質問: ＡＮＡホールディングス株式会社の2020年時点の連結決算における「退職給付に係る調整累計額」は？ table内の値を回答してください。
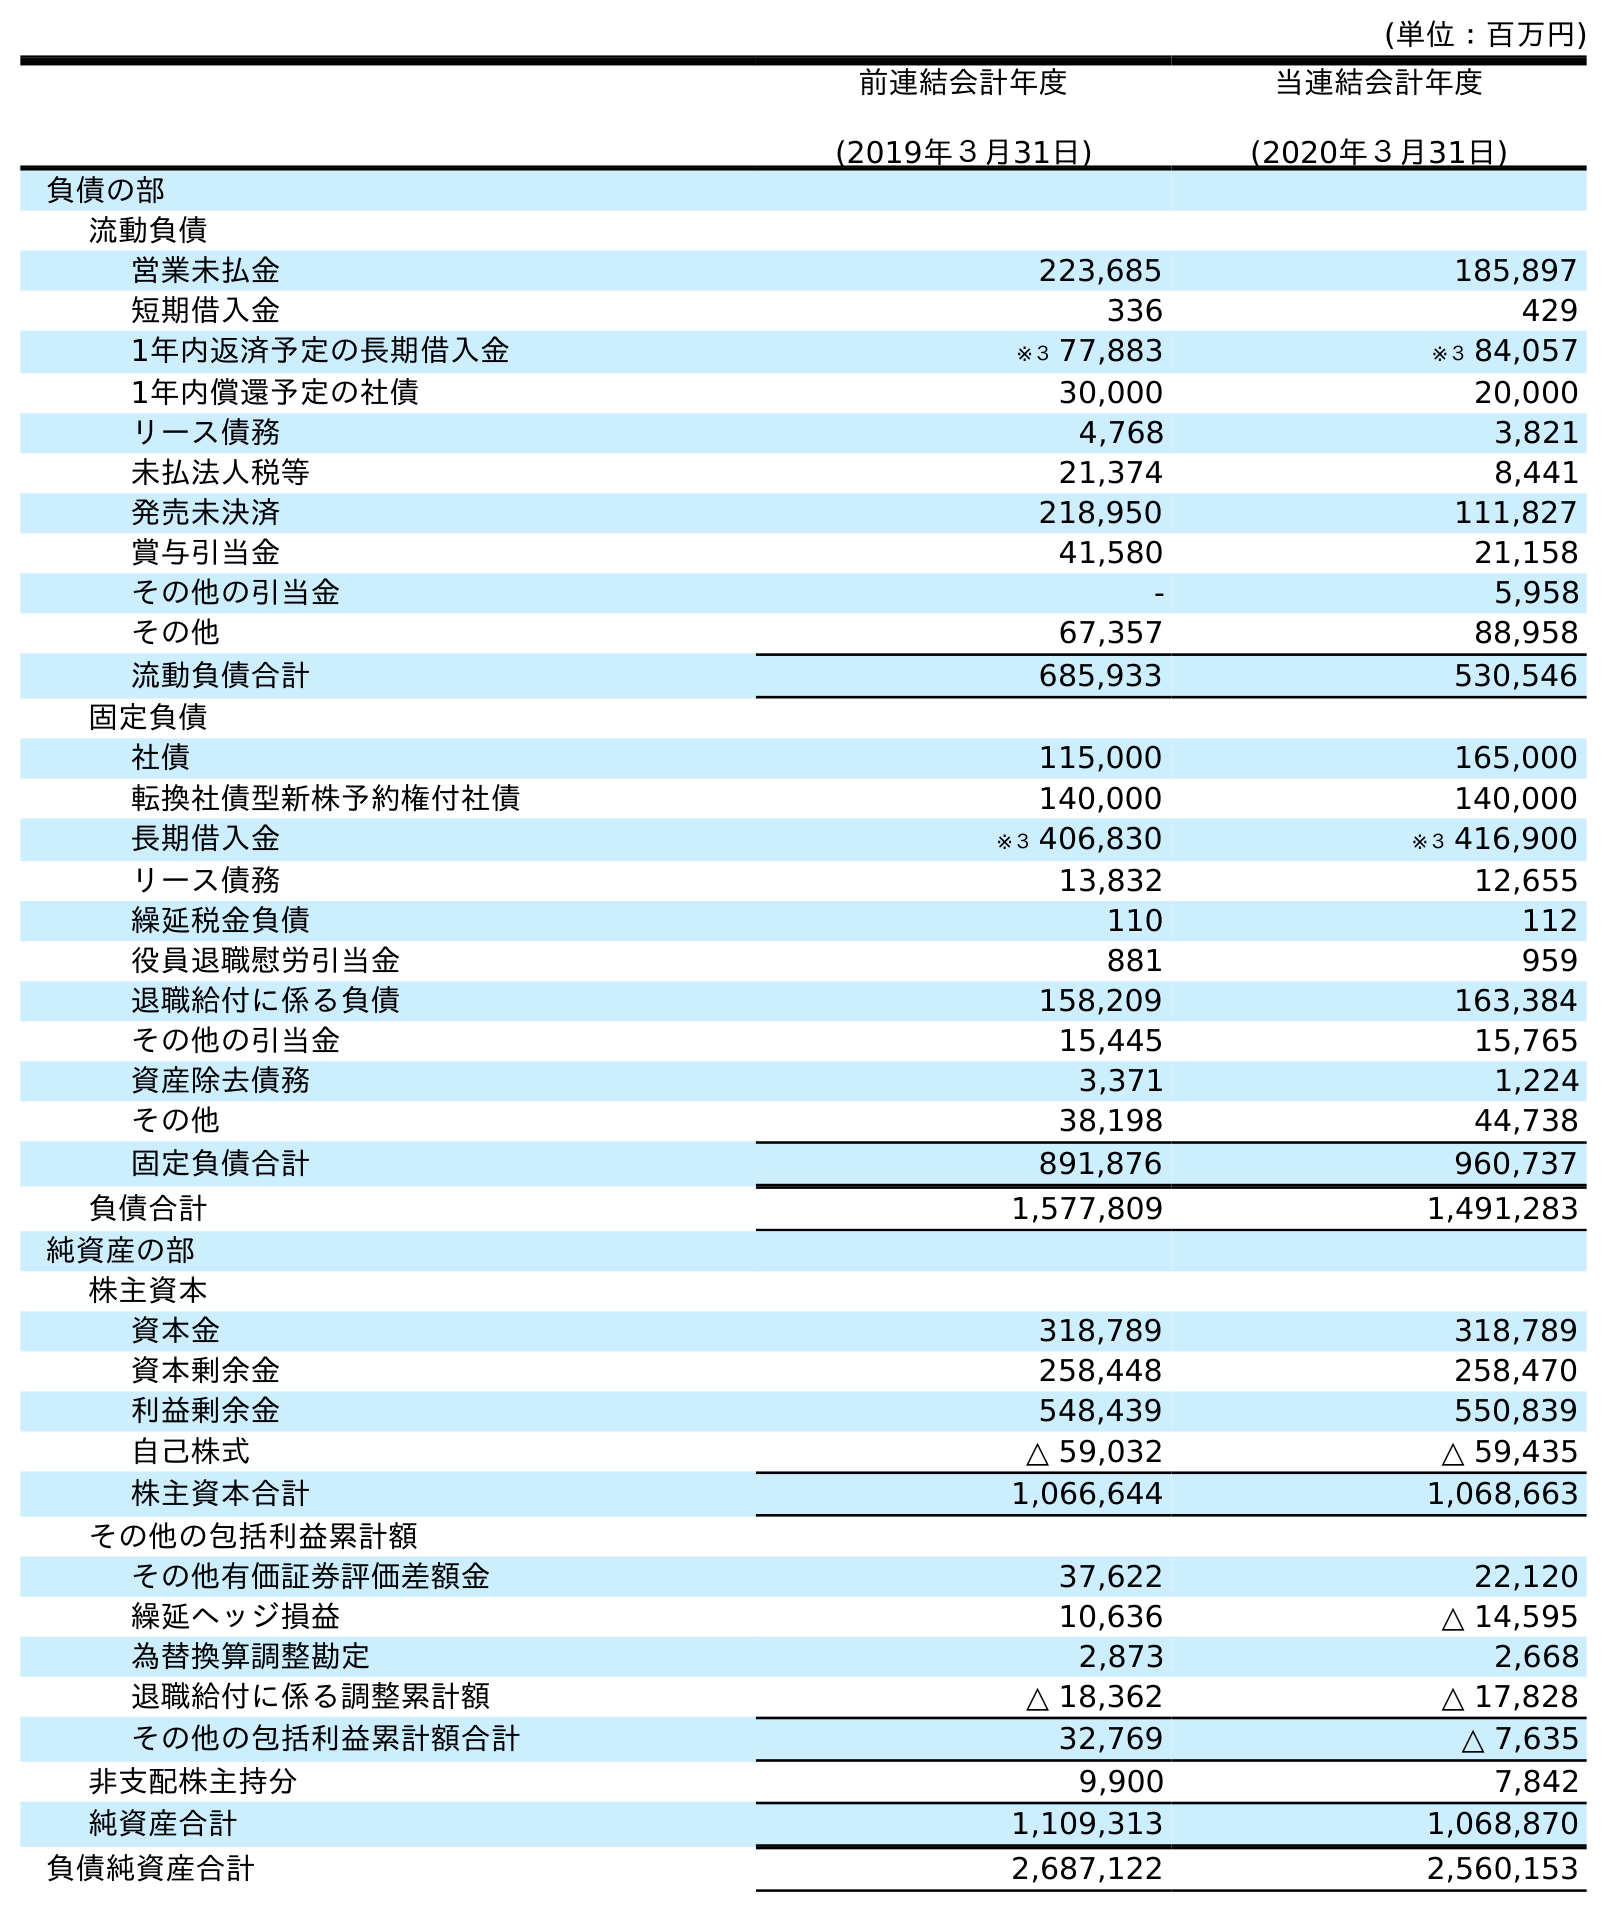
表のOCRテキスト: (単位：百万円) 前連結会計年度 (2019年３月31日) 当連結会計年度 (2020年３月31日) 負債の部 流動負債 営業未払金 223,685 185,897 短期借入金 336 429 1年内返済予定の長期借入金 ※３ 77,883 ※３ 84,057 1年内償還予定の社債 30,000 20,000 リース債務 4,768 3,821 未払法人税等 21,374 8,441 発売未決済 218,950 111,827 賞与引当金 41,580 21,158 その他の引当金 - 5,958 その他 67,357 88,958 流動負債合計 685,933 530,546 固定負債 社債 115,000 165,000 転換社債型新株予約権付社債 140,000 140,000 長期借入金 ※３ 406,830 ※３ 416,900 リース債務 13,832 12,655 繰延税金負債 110 112 役員退職慰労引当金 881 959 退職給付に係る負債 158,209 163,384 その他の引当金 15,445 15,765 資産除去債務 3,371 1,224 その他 38,198 44,738 固定負債合計 891,876 960,737 負債合計 1,577,809 1,491,283 純資産の部 株主資本 資本金 318,789 318,789 資本剰余金 258,448 258,470 利益剰余金 548,439 550,839 自己株式 △ 59,032 △ 59,435 株主資本合計 1,066,644 1,068,663 その他の包括利益累計額 その他有価証券評価差額金 37,622 22,120 繰延ヘッジ損益 10,636 △ 14,595 為替換算調整勘定 2,873 2,668 退職給付に係る調整累計額 △ 18,362 △ 17,828 その他の包括利益累計額合計 32,769 △ 7,635 非支配株主持分 9,900 7,842 純資産合計 1,109,313 1,068,870 負債純資産合計 2,687,122 2,560,153
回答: △17,828